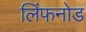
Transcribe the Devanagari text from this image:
लिंफनोड